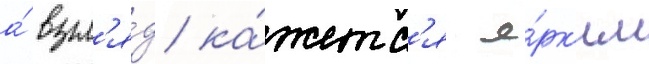
а́ взгл'я́д ка́жетс'я я́рк'им